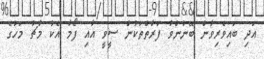
އަދި ބައިވެރިވާން ބޭނުންވާ ފަރާތްތަކުން ސީވީ އާއި ފޯމާ އެކު މާޗު މަހުގެ